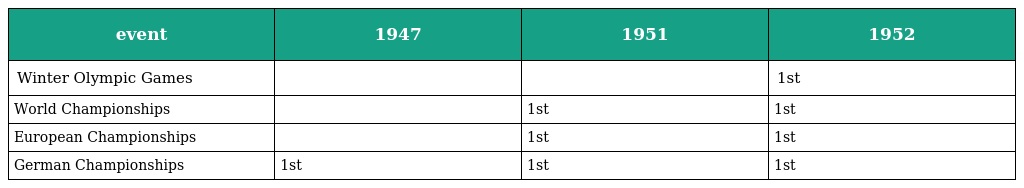
| event | 1947 | 1951 | 1952 |
 | --- | --- | --- | --- |
 | Winter Olympic Games |  |  | 1st |
 | World Championships |  | 1st | 1st |
 | European Championships |  | 1st | 1st |
 | German Championships | 1st | 1st | 1st |